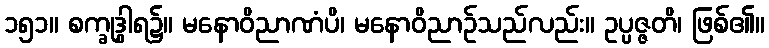
၁၅၁။ စက္ခုဒွါရ၌။ မနောဝိညာဏံပိ၊ မနောဝိညာဉ်သည်လည်း။ ဥပ္ပဇ္ဇတိ၊ ဖြစ်၏။